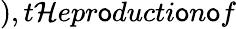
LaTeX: ),t\mathcal{H}epr\mathsf{o}ducti\mathsf{o}n\mathsf{o}f